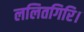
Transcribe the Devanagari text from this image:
ललितगिरि।